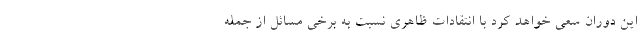
این دوران سعی خواهد کرد با انتقادات ظاهری نسبت به برخی مسائل از جمله